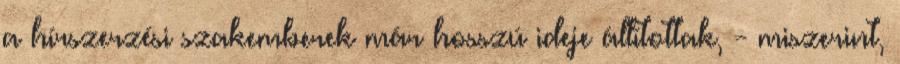
a hírszerzési szakemberek már hosszú ideje állítottak, - miszerint,